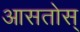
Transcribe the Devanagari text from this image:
आसतोस्